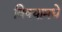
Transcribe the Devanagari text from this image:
विषयामधे